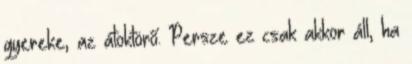
gyereke, az átoktörő. Persze ez csak akkor áll, ha